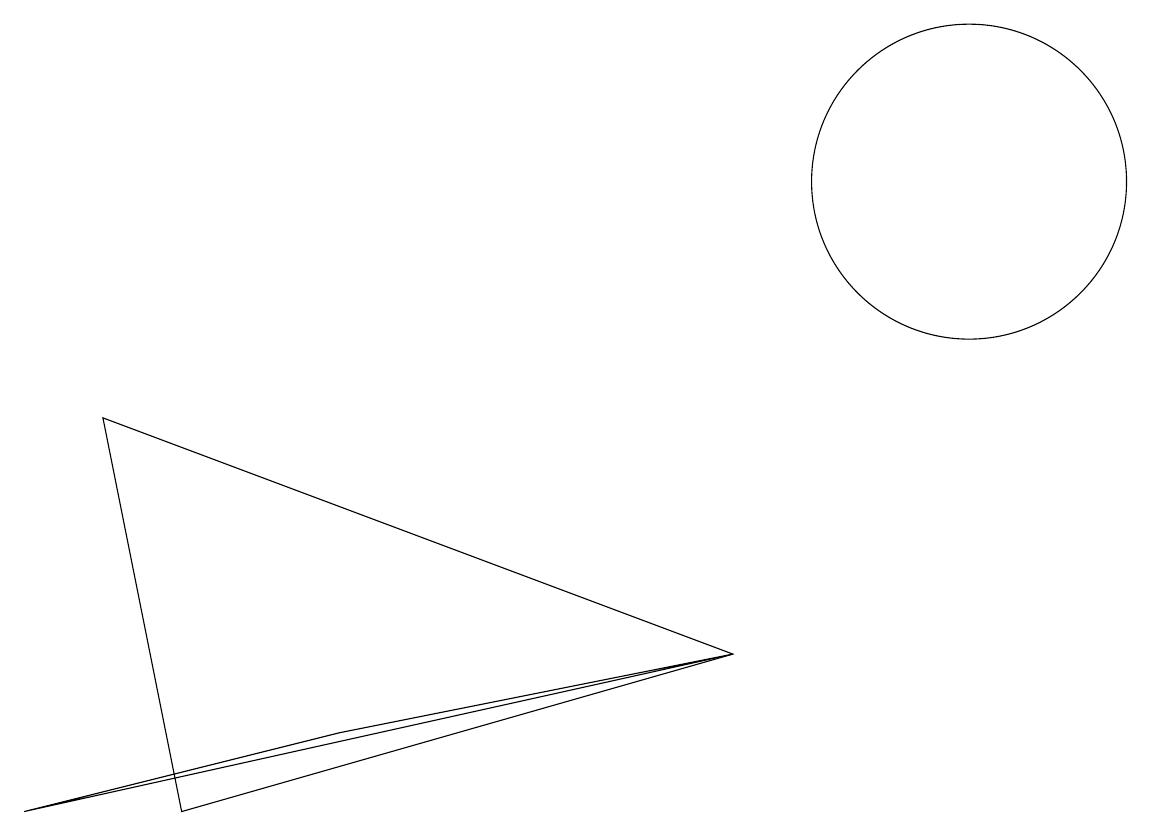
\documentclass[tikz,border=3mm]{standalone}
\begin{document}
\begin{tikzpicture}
\draw (9,5) -- (2,3) -- (1,8) -- cycle;
\draw (12,11) circle (2);
\draw (0,3) -- (4,4) -- (9,5) -- cycle;
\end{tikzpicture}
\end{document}